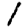
Digit: 1